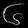
Digit: ၆